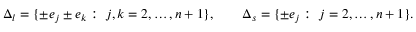
\Delta _ { l } = \{ \pm e _ { j } \pm e _ { k } : \ j , k = 2 , \ldots , n + 1 \} , \qquad \Delta _ { s } = \{ \pm e _ { j } : \ j = 2 , \ldots , n + 1 \} .